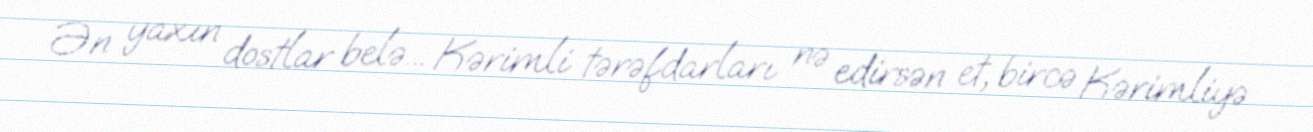
Ən yaxın dostlar belə... Kərimli tərəfdarları nə edirsən et, bircə Kərimliyə